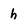
Character: h